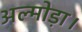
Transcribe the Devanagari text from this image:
अल्मोड़ा।